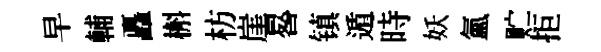
早輔矗槲枋崖晷镇遁時妖氳贮拒